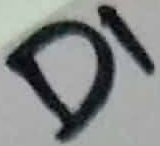
Text: D1